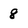
Character: 8